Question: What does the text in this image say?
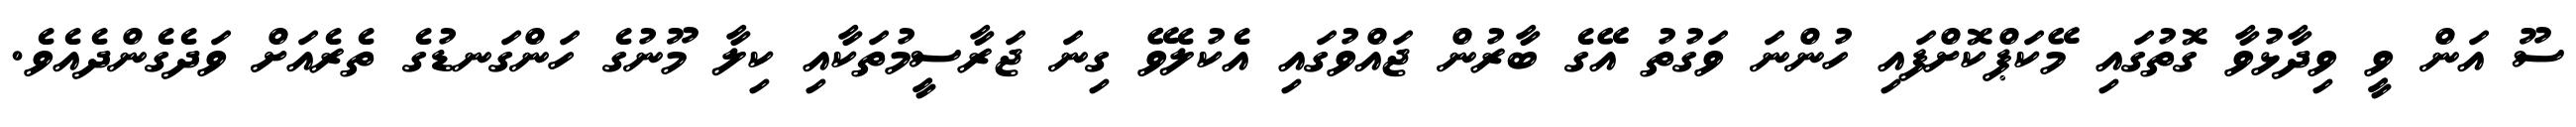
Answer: ސޫ އަން ވީ ވިދާޅުވާ ގޮތުގައި މޭކަޕްކޮށްފައި ހުންނަ ވަގުތު އޭގެ ބާރުން ޖައްވުގައި އެކުލެވޭ ގިނަ ޖަރާސީމުތަކާއި ކިލާ މޫނުގެ ހަންގަނޑުގެ ތެރެއަށް ވަދެގެންދެއެވެ.